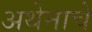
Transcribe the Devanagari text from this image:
अथेनाचे